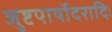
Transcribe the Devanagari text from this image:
जुष्टपार्षोदरादिः